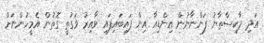
އަދި ޕާކިސްތާނު ފަންނާނުން އިންޑިއާ އިން ފައިބައިފައި ވާއިރު ވަގުތީ ގޮތުން އެމީހުންނަށް